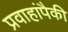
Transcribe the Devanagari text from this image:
प्रवाहांपैकी